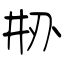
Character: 刱